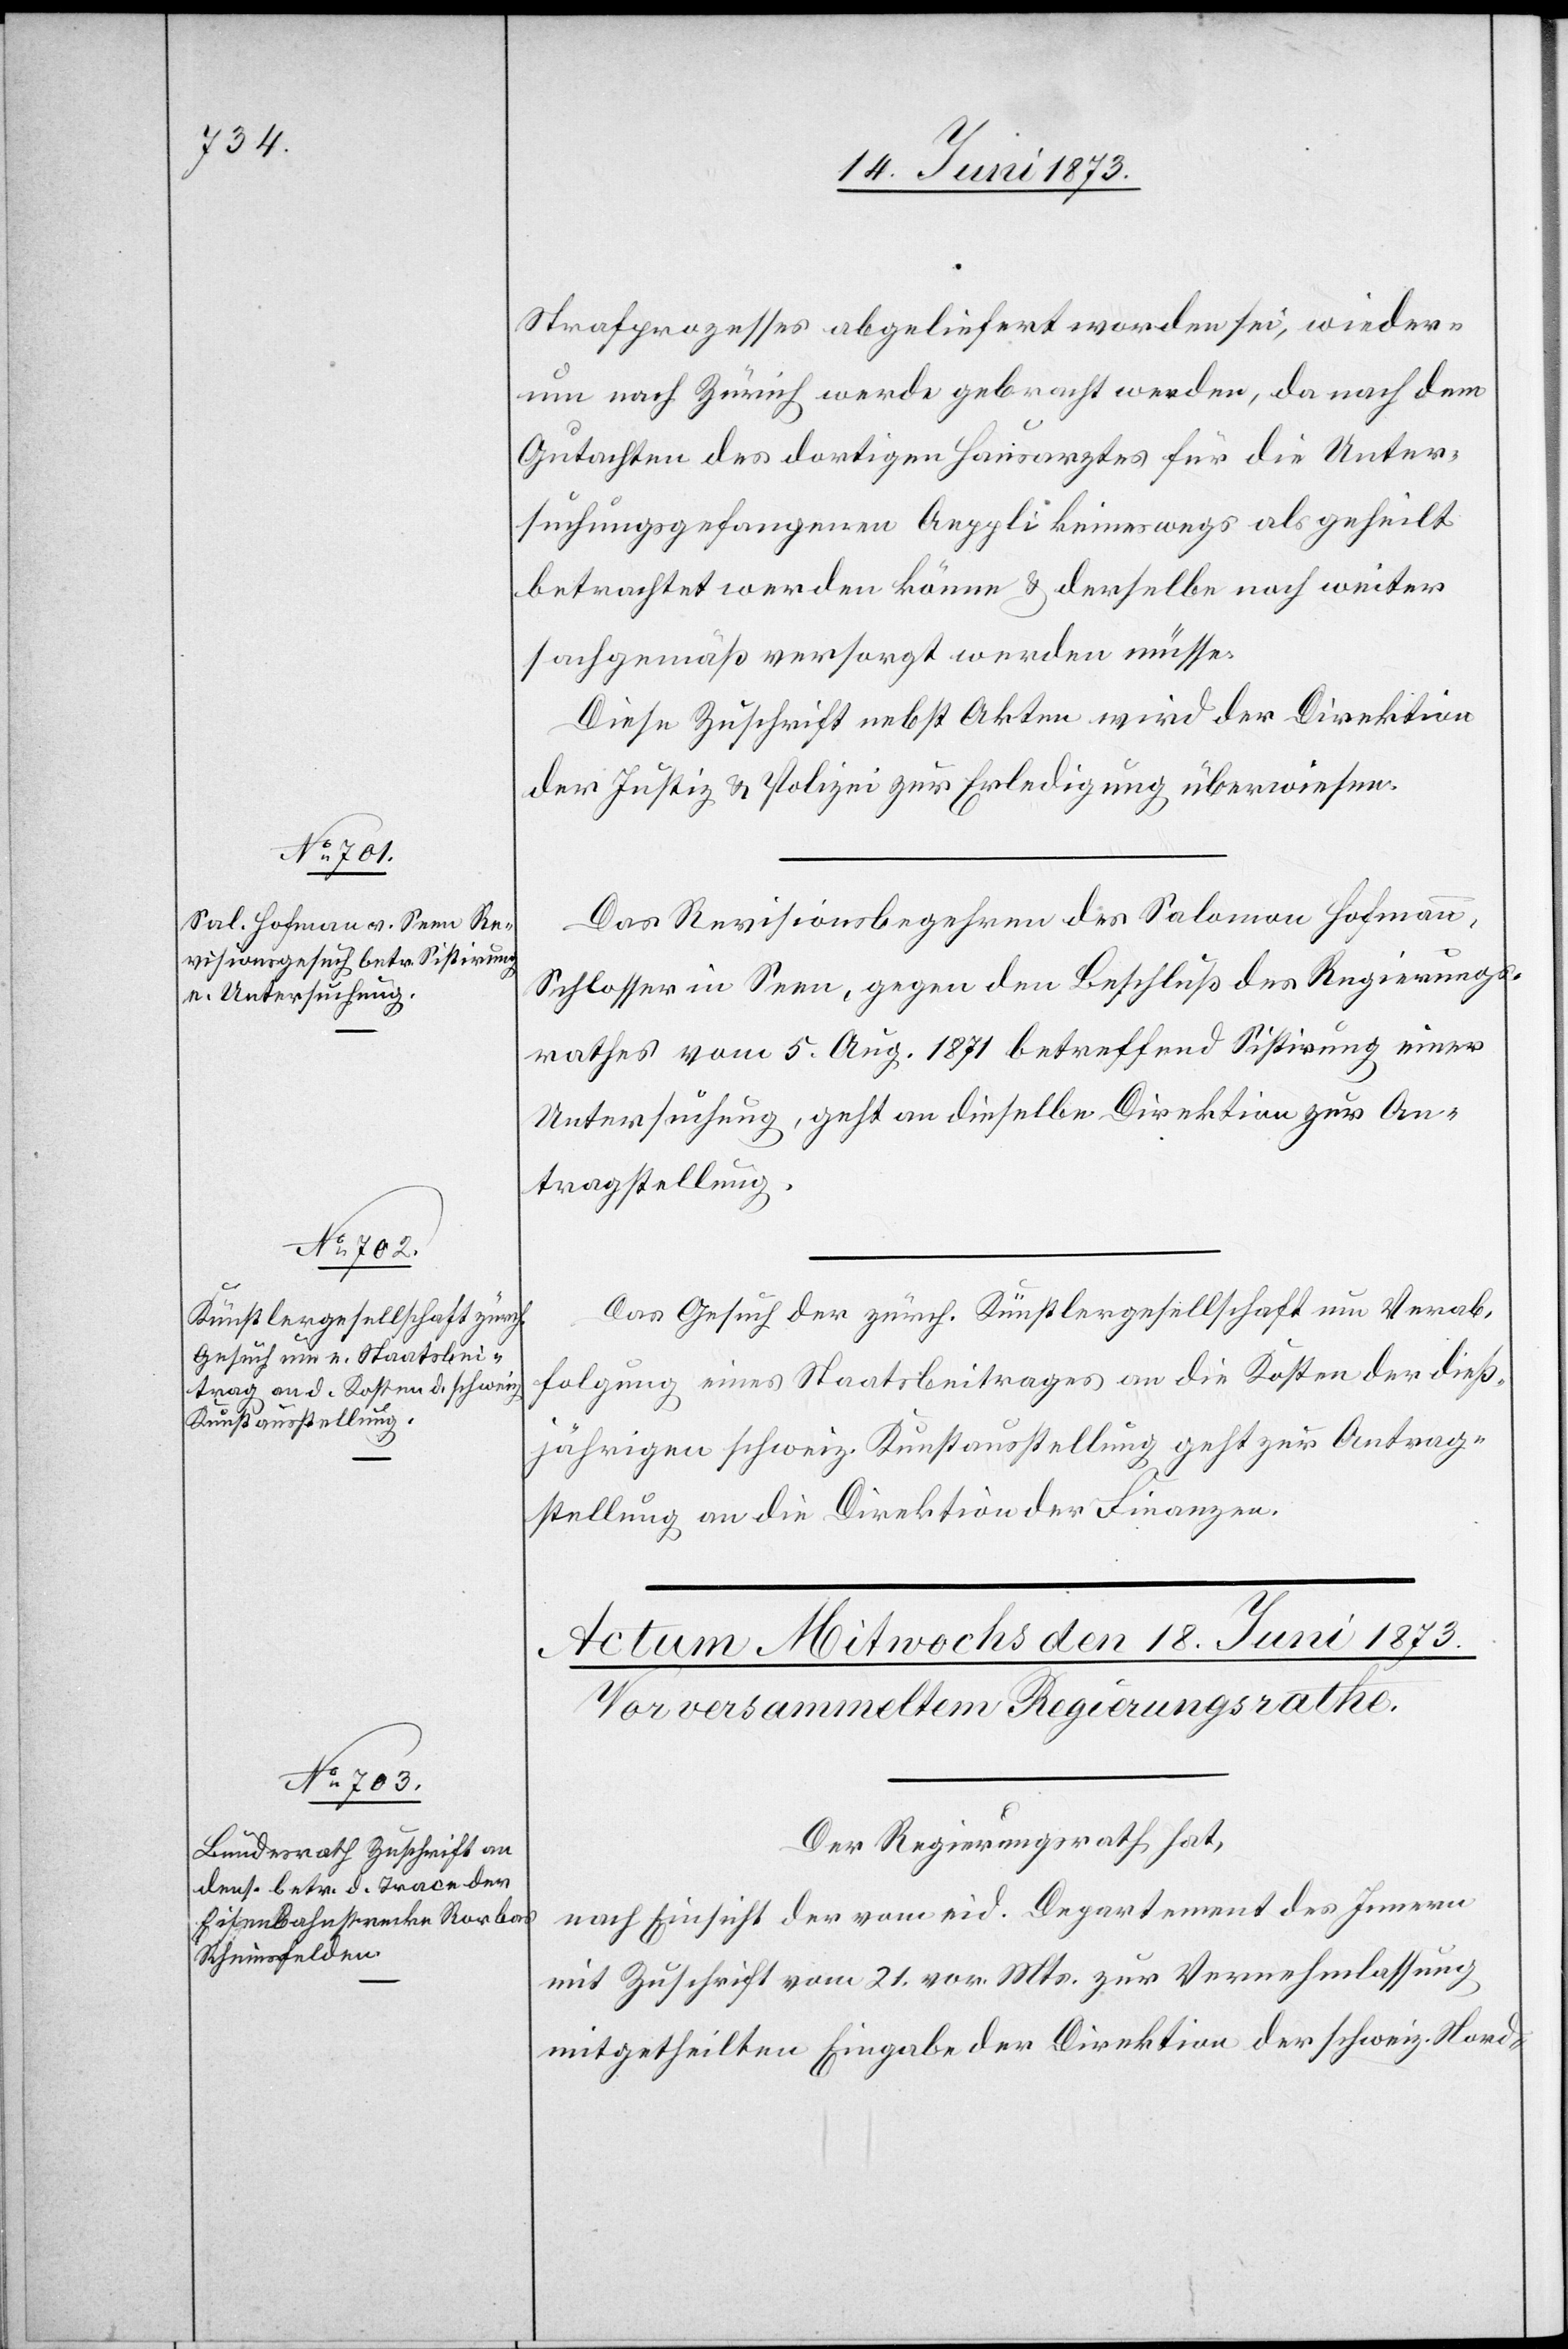
16. Juni 1873.]
Strafprozesses abgeliefert worden sei, wieder¬
um nach Zürich werde gebracht werden, da nach dem
Gutachten des dortigen Hausarztes für die Unter¬
suchungsgefangenen Aeppli keineswegs als geheilt
betrachtet werden könne & derselbe noch weiter
sachgemäß versorgt werden müsse.
Diese Zuschrift nebst Akten wird der Direktion
der Justiz & Polizei zur Erledigung überwiesen.
Das Revisionsbegehren des Salomon Hofmann,
Schlosser in Seen, gegen den Beschluß des Regierungs¬
rathes vom 5. Aug. 1871 betreffend Sistirung einer
Untersuchung, geht an dieselbe Direktion zur An¬
tragstellung.
Das Gesuch der zürch. Künstlergesllschaft um Verab¬
folgung eines Staatsbeitrages an die Kosten der dieß¬
jährigen schweiz. Kunstausstellung geht zur Antrag¬
stellung an die Direktion der Finanzen.
Der Regierungsrath hat,
nach Einsicht der vom eid. Departement des Innern
mit Zuschrift vom 21. vor. Mts. zur Vernehmlassung
mitgetheilten Eingabe der Direktion der schweiz. Nord-